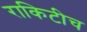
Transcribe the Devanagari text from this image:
राकिटीच